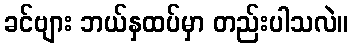
ခင်ဗျား ဘယ်နှထပ်မှာ တည်းပါသလဲ။